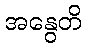
အနွေတိ